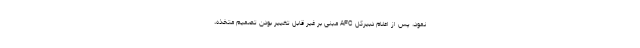
نمود، پس از اعلام دبیرکل AFC مبنی بر غیر قابل تغییر بودن تصمیم متخذه،